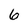
Character: 6